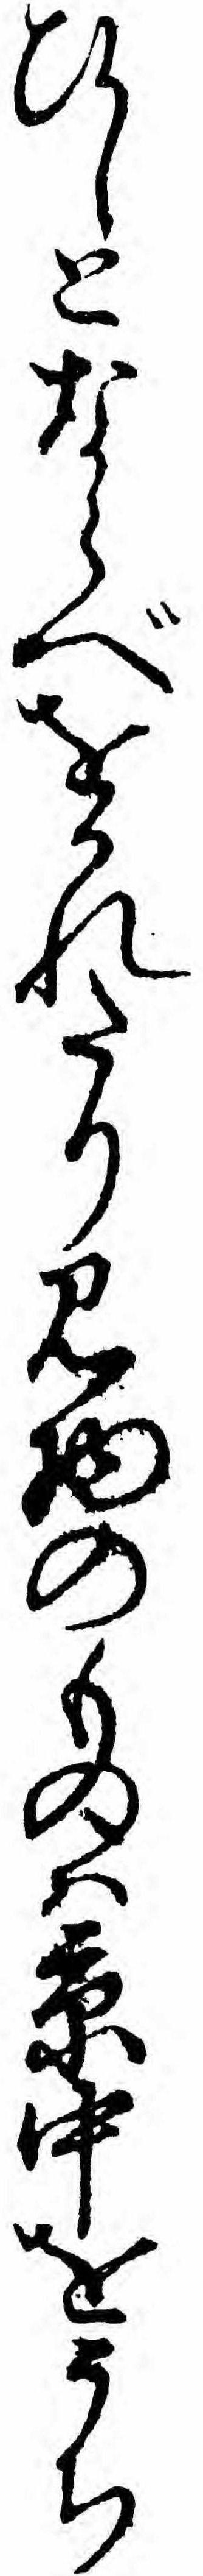
ひしとならべをかれたり見物のものハ京中をうち